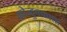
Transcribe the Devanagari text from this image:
कोज्हुक्कात्ता